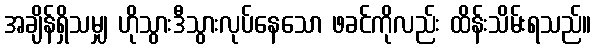
အချိန်ရှိသမျှ ဟိုသွားဒီသွားလုပ်နေသော ဖခင်ကိုလည်း ထိန်းသိမ်းရသည်။